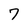
Character: 7